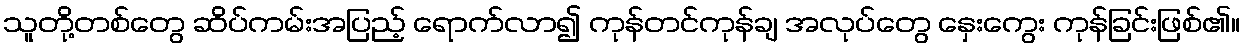
သူတို့တစ်တွေ ဆိပ်ကမ်းအပြည့် ရောက်လာ၍ ကုန်တင်ကုန်ချ အလုပ်တွေ နှေးကွေး ကုန်ခြင်းဖြစ်၏။